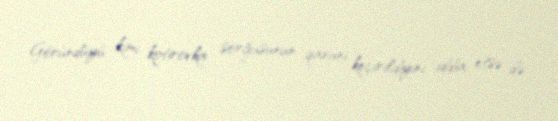
Göründüyü kimi, kotirovka sorğusunun qanuni keçirildiyini iddia etsə də,